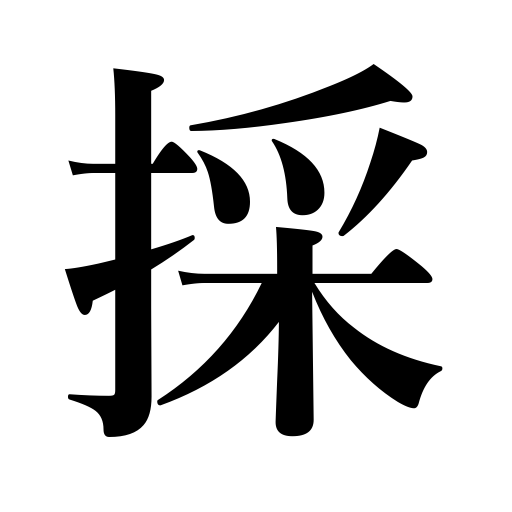
Meanings: strike out words,press a point home,hold,require,engage graduates,procure,catch,steal,take a picture,charge,capture,set up camp,eat,obtain,seize,need,pluck,catch fish,choose,produce,take off one's hat,capture territory,make out the meaning,take out spots,take,fetch,remove,deprive of,reserve rooms,take pains,subscribe to,administer,receive,order foodstuffs,annex,transact,weed,adopt a measure,make,pick,possess